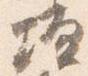
壇